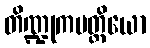
တိဏ္ဍုကမတ္တိယော